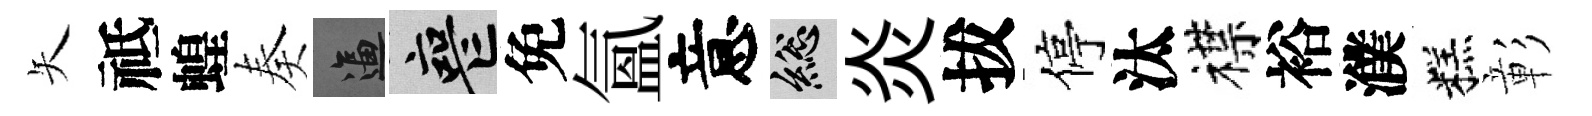
矢祗蝗奏逼喪免氲意總炎拔停汰襟裕濮糕彰